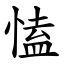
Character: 㥺